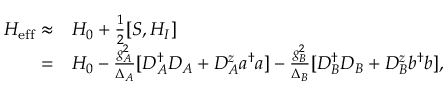
\begin{array} { r l } { H _ { \mathrm { e f f } } \approx } & { { } H _ { 0 } + \frac { 1 } { 2 } [ S , H _ { I } ] } \\ { = } & { { } H _ { 0 } - \frac { g _ { A } ^ { 2 } } { \Delta _ { A } } [ D _ { A } ^ { \dagger } D _ { A } + D _ { A } ^ { z } a ^ { \dagger } a ] - \frac { g _ { B } ^ { 2 } } { \Delta _ { B } } [ D _ { B } ^ { \dagger } D _ { B } + D _ { B } ^ { z } b ^ { \dagger } b ] , } \end{array}